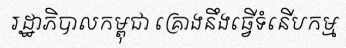
រដ្ឋាភិបាលកម្ពុជា គ្រោងនឹងធ្វើទំនើបកម្ម